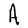
Character: A